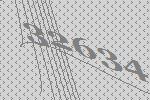
32634